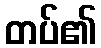
တပ်၏